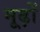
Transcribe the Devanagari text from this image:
मूढ़ों